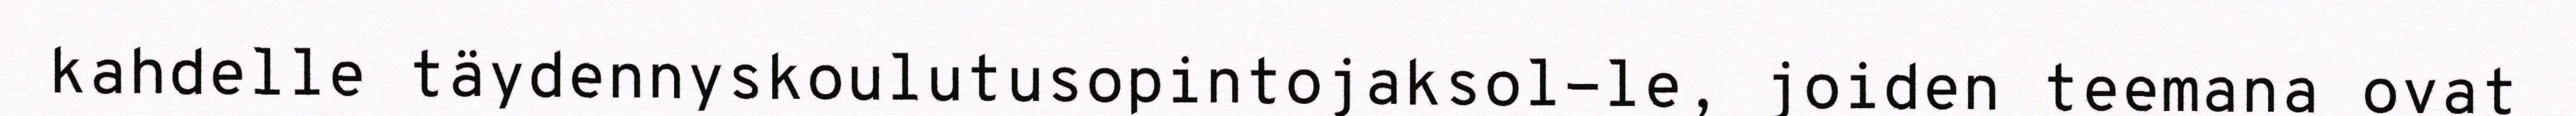
kahdelle täydennyskoulutusopintojaksol-le, joiden teemana ovat